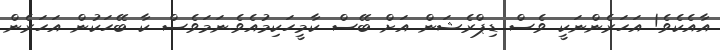
އާއެކެވެ! އަހަރެންނަކީ ވެސް ޑިޕްރެޝަން އަށް ބޭސް ކާމީހަކިމުއެވެ.ނަމަވެސް ކާ ބޭހަކުން އަހަރެން